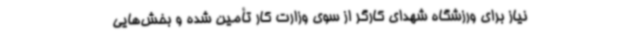
نیاز برای ورزشگاه شهدای کارگر از سوی وزارت کار تأمین شده و بخش‌هایی